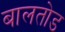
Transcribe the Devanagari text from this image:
बालतोड